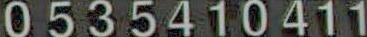
0535410411